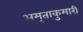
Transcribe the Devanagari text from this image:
अमृताकुमारी